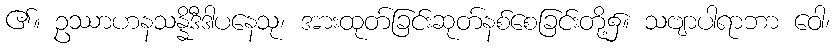
၏။ ဥဿာဟနသန္နိဒီဒါပနေသု၊ အားထုတ်ခြင်းဆုတ်နစ်စေခြင်းတို့၌။ သဗျာပါရာဘာ ဝေါ၊